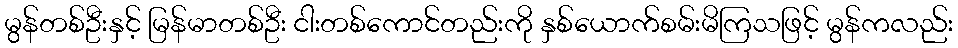
မွန်တစ်ဦးနှင့် မြန်မာတစ်ဦး ငါးတစ်ကောင်တည်းကို နှစ်ယောက်စမ်းမိကြသဖြင့် မွန်ကလည်း